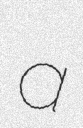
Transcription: a